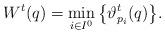
LaTeX: \begin{align*}W^t(q)= \min_{i\in I^0}\big\{\vartheta_{p_i}^t (q)\big\}.\end{align*}